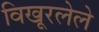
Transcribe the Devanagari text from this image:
विखूरलेले